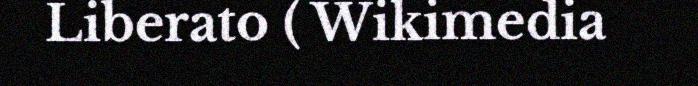
Liberato ( Wikimedia